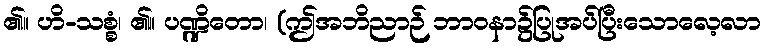
၏။ ဟိ-သစ္စံ၊ ၏။ ပဏ္ဍိတော၊ (ဤအဘိညာဉ် ဘာဝနာ၌ပြုအပ်ပြီးသောလေ့လာ